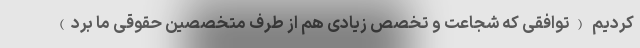
کردیم (توافقی که شجاعت و تخصص زیادی هم از طرف متخصصین حقوقی ما برد)